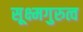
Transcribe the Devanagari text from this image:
सूक्ष्मगुरुत्व